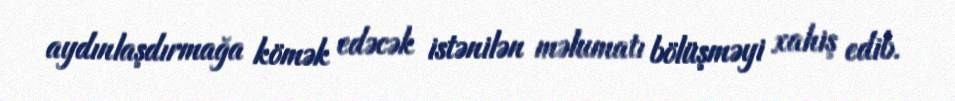
aydınlaşdırmağa kömək edəcək istənilən məlumatı bölüşməyi xahiş edib.